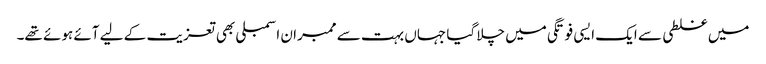
میں غلطی سے ایک ایسی فوتگی میں چلا گیا جہاں بہت سے ممبران اسمبلی بھی تعزیت کے لیے آئے ہوئے تھے۔